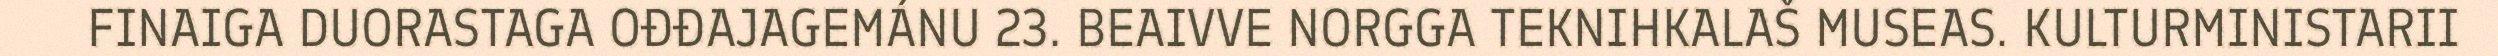
FINAIGA DUORASTAGA OĐĐAJAGEMÁNU 23. BEAIVVE NORGGA TEKNIHKALAŠ MUSEAS. KULTURMINISTARII